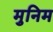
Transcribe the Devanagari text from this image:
मुनिम